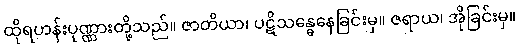
ထိုရဟန်းပုဏ္ဏားတို့သည်။ ဇာတိယာ၊ ပဋိသန္ဓေနေခြင်းမှ။ ဇရာယ၊ အိုခြင်းမှ။